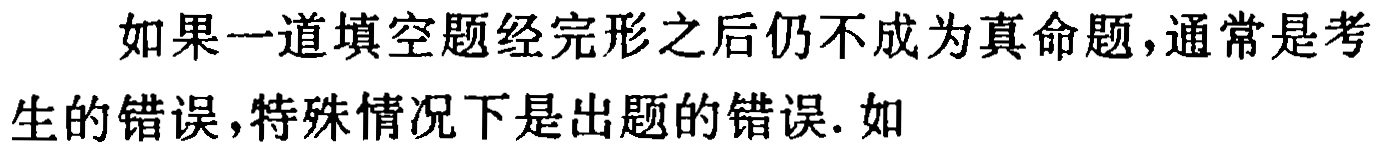
如果一道填空题经完形之后仍不成为真命题,通常是考生的错误,特殊情况下是出题的错误. 如